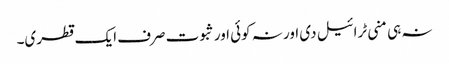
نہ ہی منی ٹرائیل دی اور نہ کوئی اور ثبوت صرف ایک قطری۔